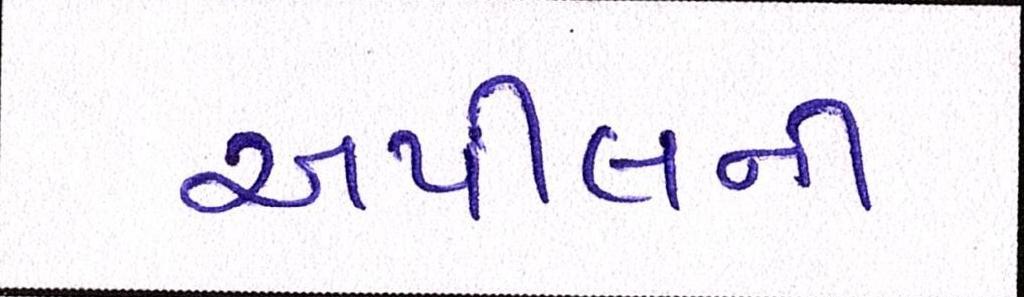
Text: અપીલની